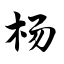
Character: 杨